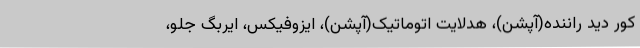
کور دید راننده(آپشن)، هدلایت اتوماتیک(آپشن)، ایزوفیکس، ایربگ جلو،